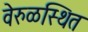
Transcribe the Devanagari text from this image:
वेरुळस्थित